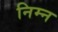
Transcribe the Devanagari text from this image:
निम्‍न